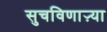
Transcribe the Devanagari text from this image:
सुचविणाऱ्या